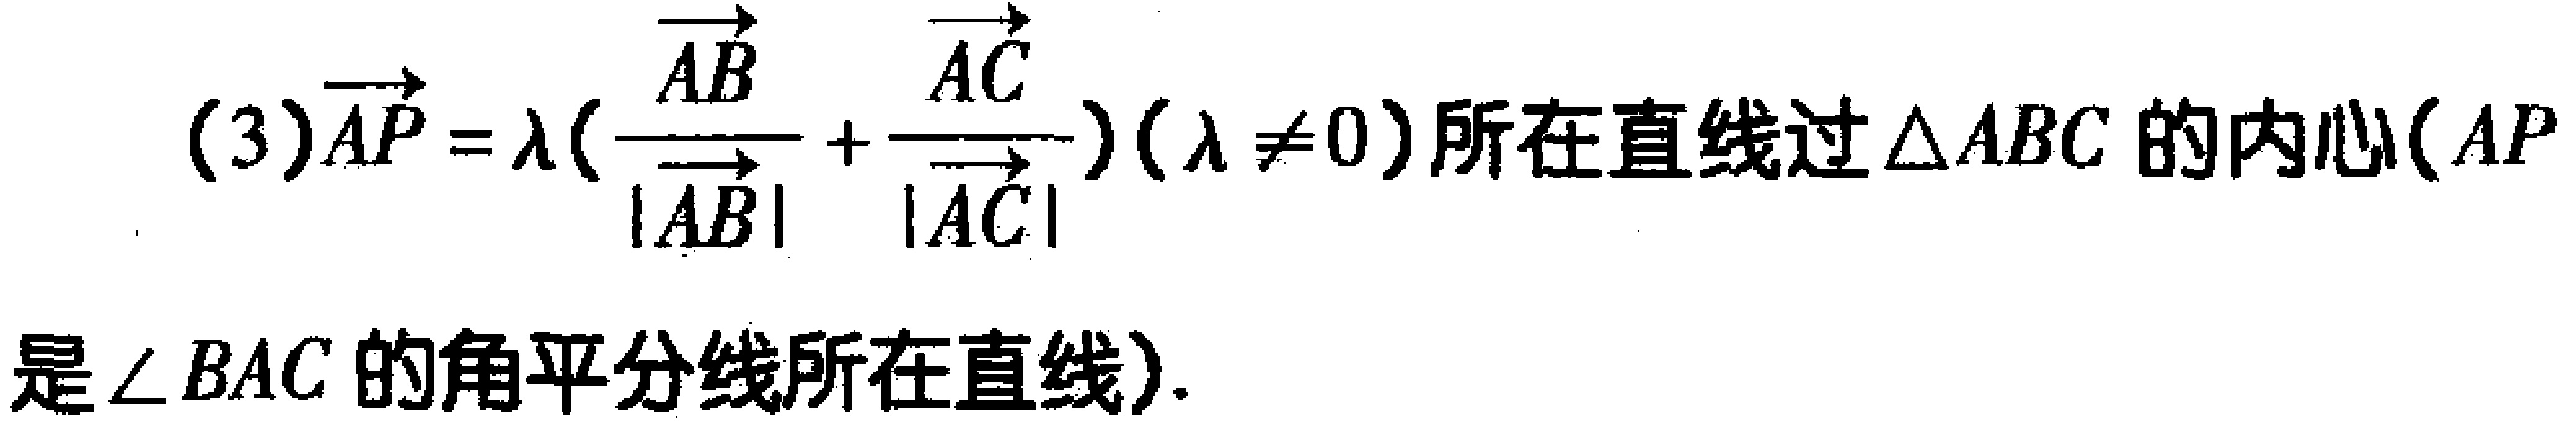
(3)$\overrightarrow{AP} = \lambda(\frac{\overrightarrow{AB}}{|\overrightarrow{AB}|}+\frac{\overrightarrow{AC}}{|\overrightarrow{AC}|})(\lambda \neq 0)$所在直线过$\triangle ABC$的内心($AP$是$\angle BAC$的角平分线所在直线).